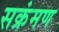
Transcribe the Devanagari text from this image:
सक्रंमण